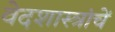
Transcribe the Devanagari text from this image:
वेदशास्त्रांचें